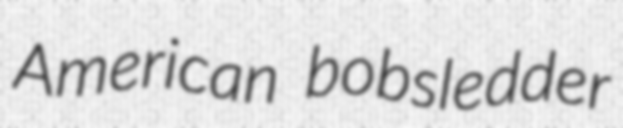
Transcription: American bobsledder